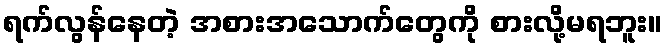
ရက်လွန်နေတဲ့ အစားအသောက်တွေကို စားလို့မရဘူး။